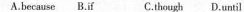
A.because B.If C.Thourgh D.Until